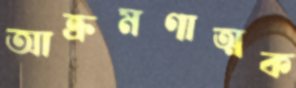
আক্রমণাত্মক